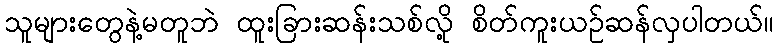
သူများတွေနဲ့မတူဘဲ ထူးခြားဆန်းသစ်လို့ စိတ်ကူးယဉ်ဆန်လှပါတယ်။